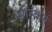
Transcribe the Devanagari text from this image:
क्षीरकर्म